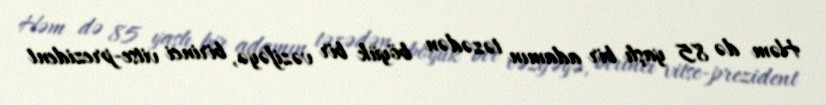
Həm də 85 yaşlı bir adamın təzədən böyük bir vəzifəyə, birinci vitse-prezident